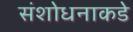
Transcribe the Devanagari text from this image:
संशोधनाकडे